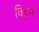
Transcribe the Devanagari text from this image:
विट्टने